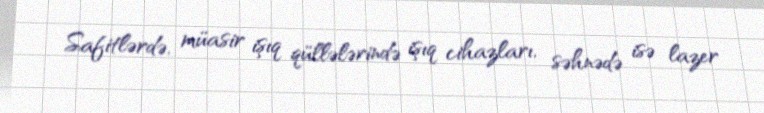
Safitlərdə, müasir işıq qüllələrində işıq cihazları, səhnədə isə lazer